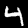
Label: 4